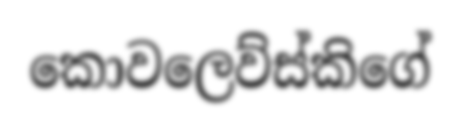
කොවලෙව්ස්කිගේ